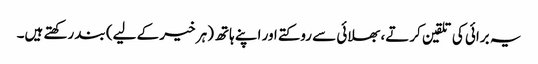
یہ برائی کی تلقین کرتے، بھلائی سے روکتے اور اپنے ہاتھ (ہر خیر کے لیے) بند رکھتے ہیں۔